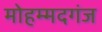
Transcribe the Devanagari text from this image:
मोहम्मदगंज